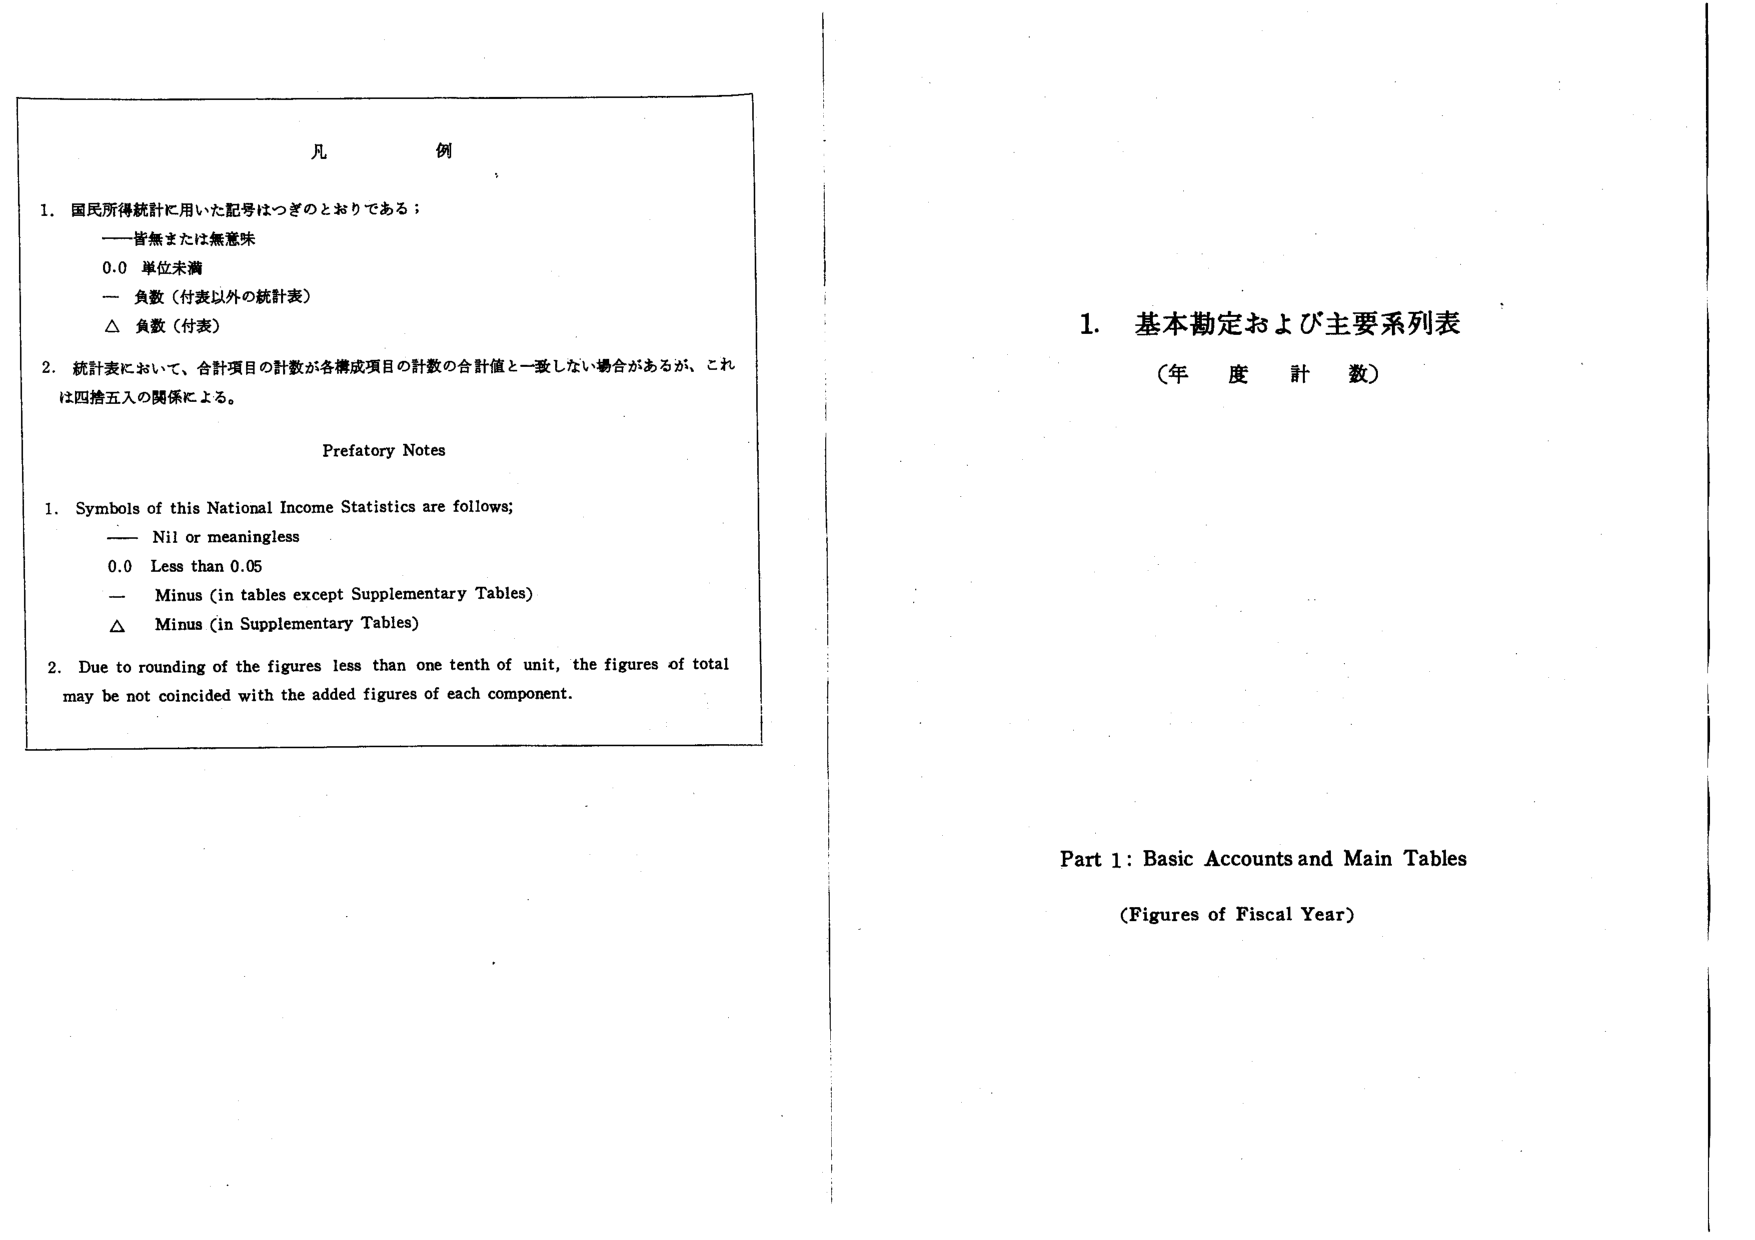
凡例

1. 国民所得統計に用いた記号はつぎのとおりである；
　　—— 皆無または無意味
　　0.0 単位未満
　　— 負数（付表以外の統計表）
　　△ 負数（付表）

2. 統計表において、合計項目の計数が各構成項目の計数の合計値と一致しない場合があるが、これは四捨五入の関係による。

Prefatory Notes

1. Symbols of this National Income Statistics are follows;
　　—— Nil or meaningless
　　0.0 Less than 0.05
　　— Minus (in tables except Supplementary Tables)
　　△ Minus (in Supplementary Tables)

2. Due to rounding of the figures less than one tenth of unit, the figures of total may be not coincided with the added figures of each component.

1. 基本勘定および主要系列表
　　（年度計数）

Part 1: Basic Accounts and Main Tables
　　(Figures of Fiscal Year)